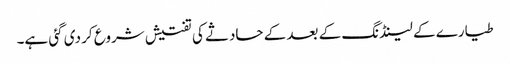
طیارے کے لینڈنگ کے بعد کے حادثے کی تفتیش شروع کر دی گئی ہے۔